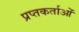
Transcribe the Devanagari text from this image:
प्रप्तकर्ताओं